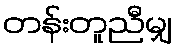
တန်းတူညီမျှ